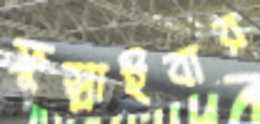
ফুস্‌লাইবার